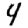
Digit: 4